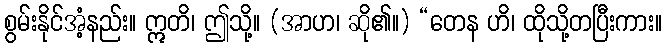
စွမ်းနိုင်အံ့နည်း။ ဣတိ၊ ဤသို့။ (အာဟ၊ ဆို၏။) “တေန ဟိ၊ ထိုသို့တပြီးကား။